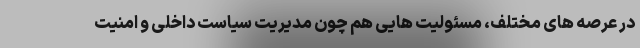
در عرصه های مختلف، مسئولیت هایی هم چون مدیریت سیاست داخلی و امنیت